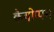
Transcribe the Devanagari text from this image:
कैयोप्पम